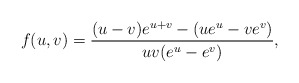
\begin{align*}f(u,v) = {(u-v)e^{u+v}-(ue^u-ve^v)\over u v (e^u - e^v)},\end{align*}